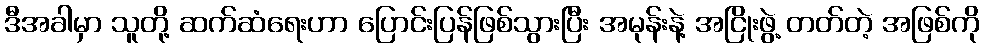
ဒီအခါမှာ သူတို့ ဆက်ဆံရေးဟာ ပြောင်းပြန်ဖြစ်သွားပြီး အမုန်းနဲ့ အငြိုးဖွဲ့ တတ်တဲ့ အဖြစ်ကို